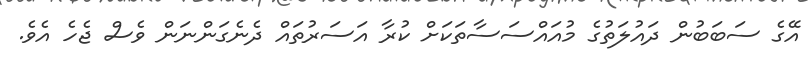
އޭގެ ސަބަބުން ދައުލަތުގެ މުއައްސަސާތަކަށް ކުރާ އަސަރުތައް ދެނެގަންނަން ވެސް ޖެހެ އެވެ.